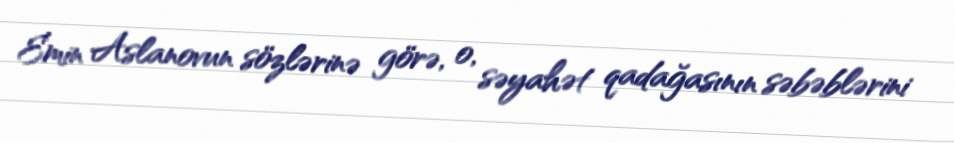
Emin Aslanovun sözlərinə görə, o, səyahət qadağasının səbəblərini